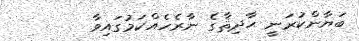
ބަޔާންކުރަނީ ޙާދިޘާގެ ނާރެހެއްކަމުގައިވާ